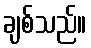
ချစ်သည်။